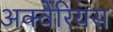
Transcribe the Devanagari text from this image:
अक्वेरियस